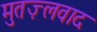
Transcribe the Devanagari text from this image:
मुतज़्लवाद